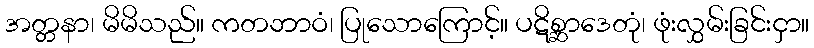
အတ္တနာ၊ မိမိသည်။ ကတဘာဝံ၊ ပြုသောကြောင့်။ ပဋိစ္ဆာဒေတုံ၊ ဖုံးလွှမ်းခြင်းငှာ။